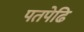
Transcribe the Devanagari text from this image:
पतपेढि